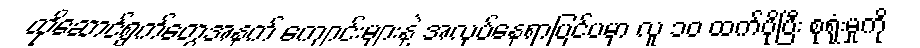
ထိုဆောင်ရွက်တွေအနက် ကျောင်းများနဲ့ အလုပ်နေရာပြင်ပမှာ လူ ၁၀ ထက်ပိုပြီး စုရုံးမှုကို